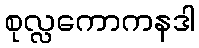
စုလ္လကောကနဒါ